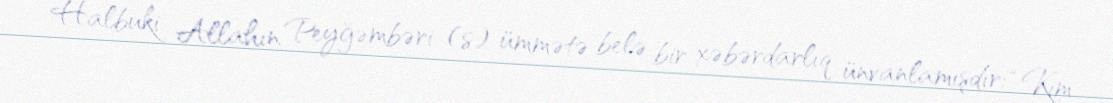
Halbuki Allahın Peyğəmbəri (s) ümmətə belə bir xəbərdarlıq ünvanlamışdır: “Kim